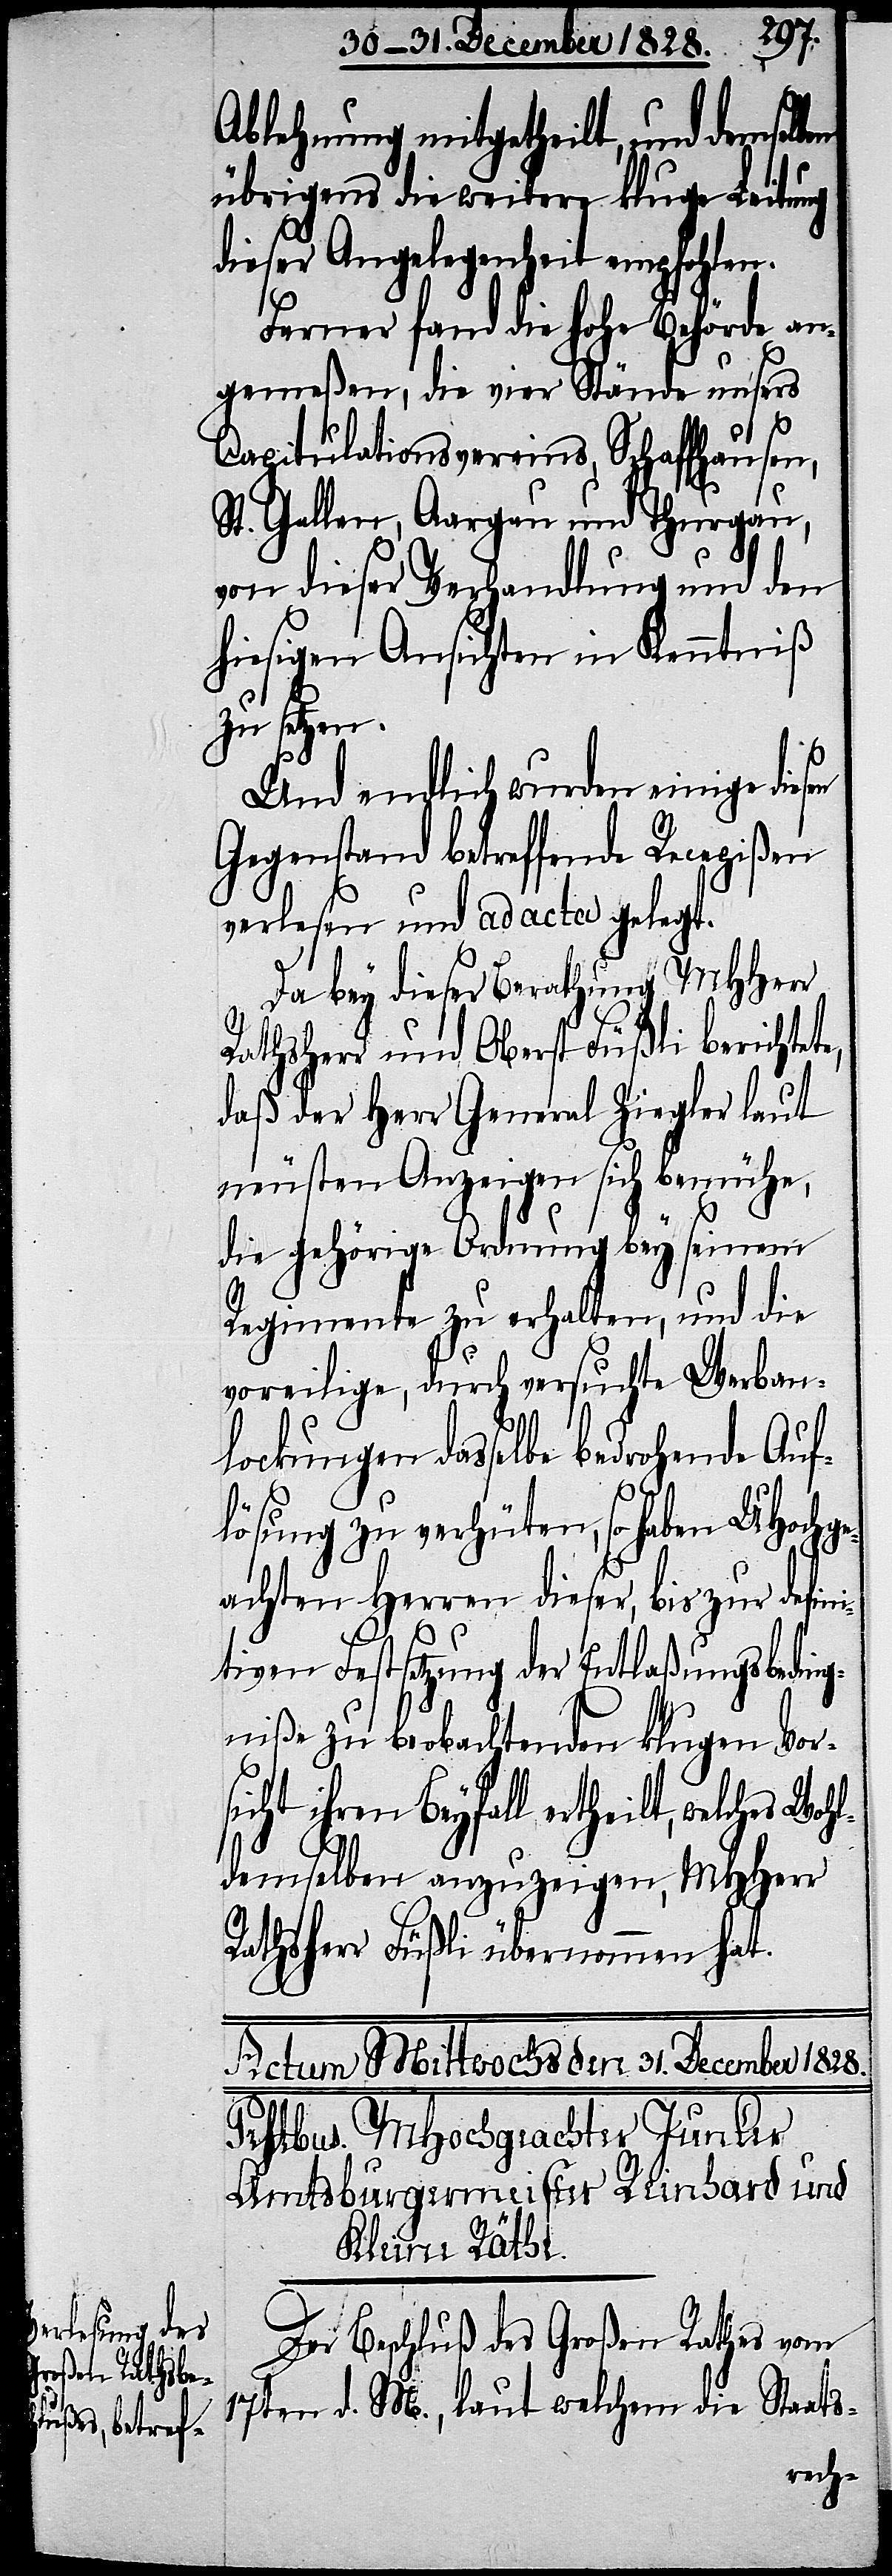
Ablehnung mitgetheilt, und demselben
übrigens die weitere kluge Leitung
dieser Angelegenheit empfohlen.
Ferner fand die hohe Behörde an¬
gemeßen, die vier Stände unsers
Capitulationsvereins, Schaffhausen,
St. Gallen, Aargau und Thurgau,
von dieser Verhandlung und den
hiesigen Ansichten in Kenntniß
zu setzen.
Und endlich wurden einige diesen
Gegenstand betreffende Recepißen
verlesen und ad acta gelegt.
Da bey dieser Berathung MHHerr
Rathsherr und Oberst Füßli berichtete,
daß der Herr General Ziegler laut
neusten Anzeigen sich bemühe,
die gehörige Ordnung bey seinem
Regimente zu erhalten, und die
voreilige, durch versuchte Werban¬
lockungen dasselbe bedrohende Auf¬
lösung zu verhüten, so haben UHochge¬
achten Herren dieser, bis zur defini¬
tiven Festsetzung der Entlaßungsbeding¬
niße zu beobachtenden klugen Vor¬
sicht ihren Beyfall ertheilt, wel¬
demselben anzuzeigen, MHHerr
Rathsherr Füßli übernommen hat.
ches Wohl¬
Der Beschluß des Großen Rathes vom
17ten d. M., laut welchem die Staats-